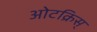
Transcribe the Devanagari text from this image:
ओटक्रिस्